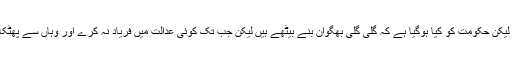
وہ تو گاؤں کا لڑکا ہے اگر اس کی سوچ ایسی ہے تو ہوسکتی ہے لیکن حکومت کو کیا ہوگیا ہے کہ گلی گلی بھگوان بنے بیٹھے ہیں لیکن جب تک کوئی عدالت میں فریاد نہ کرے اور وہاں سے پھٹکار نہ لگائی جائے ان ڈھونگی بھگوانوں پر کوئی ہاتھ ہی نہیں ڈالتا۔